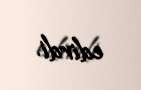
edirdi.